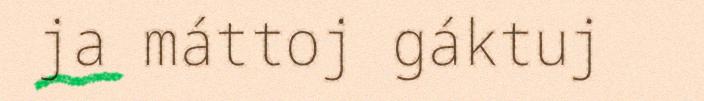
ja máttoj gáktuj